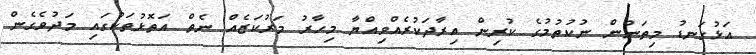
އަޅުގަނޑު މިތަނުން ނުކުތުމުގެ ކުރިން އިރާދަކުރެއްވިއްޔާ މިހާރު މަރުކަޒެއް ނެތް އަތޮޅުތަކުގައި މަދުވެގެން